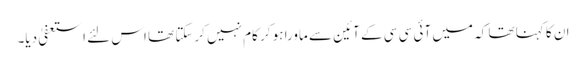
ان کا کہنا تھا کہ میں آئی سی سی کے آئین سے ماورا ہو کر کام نہیں کرسکتا تھا اس لئے استعفیٰ دیا۔